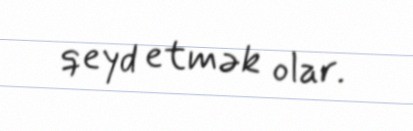
qeyd etmək olar.